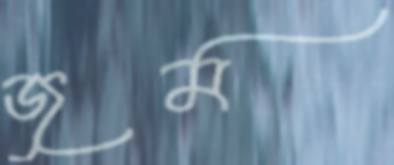
জুম